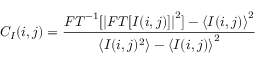
C _ { I } ( i , j ) = \frac { { F T } ^ { - 1 } [ { | F T [ I ( i , j ) ] | } ^ { 2 } ] - { \langle I ( i , j ) \rangle } ^ { 2 } } { \langle I ( i , j ) ^ { 2 } \rangle - { \langle I ( i , j ) \rangle } ^ { 2 } }